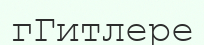
гГитлере